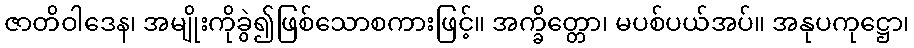
ဇာတိဝါဒေန၊ အမျိုးကိုခွဲ၍ဖြစ်သောစကားဖြင့်။ အက္ခိတ္တော၊ မပစ်ပယ်အပ်။ အနုပကုဋ္ဌော၊